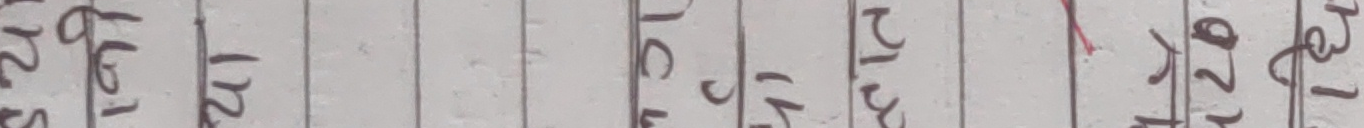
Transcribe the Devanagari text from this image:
१२५३